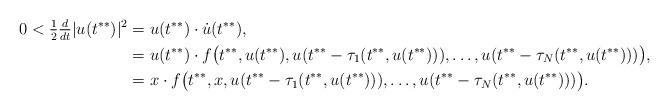
LaTeX: \begin{align*}0 < \tfrac12\tfrac{d}{dt}|u(t^{**})|^2 &= u(t^{**}) \cdot \dot{u}(t^{**}) , \\&= u(t^{**}) \cdot f\big(t^{**},u(t^{**}),u(t^{**}-\tau_1(t^{**},u(t^{**}))),\dotsc,u(t^{**}-\tau_N(t^{**},u(t^{**})))\big), \\&=x\cdot f\big(t^{**},x,u(t^{**}-\tau_1(t^{**},u(t^{**}))),\dotsc,u(t^{**}-\tau_N(t^{**},u(t^{**})))\big).\end{align*}